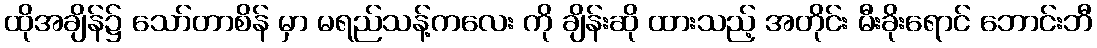
ထိုအချိန်၌ သော်တာစိန် မှာ မရည်သန့်ကလေး ကို ချိန်းဆို ထားသည့် အတိုင်း မီးခိုးရောင် ဘောင်းဘီ